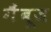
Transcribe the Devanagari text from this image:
गैंबूज